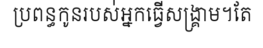
ប្រពន្ធកូនរបស់់អ្នកធ្វើសង្គ្រាម។តែ